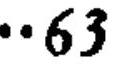
\(\cdots 63\)